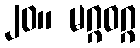
၂၀။ မဂ္ဂဝဂ္ဂ